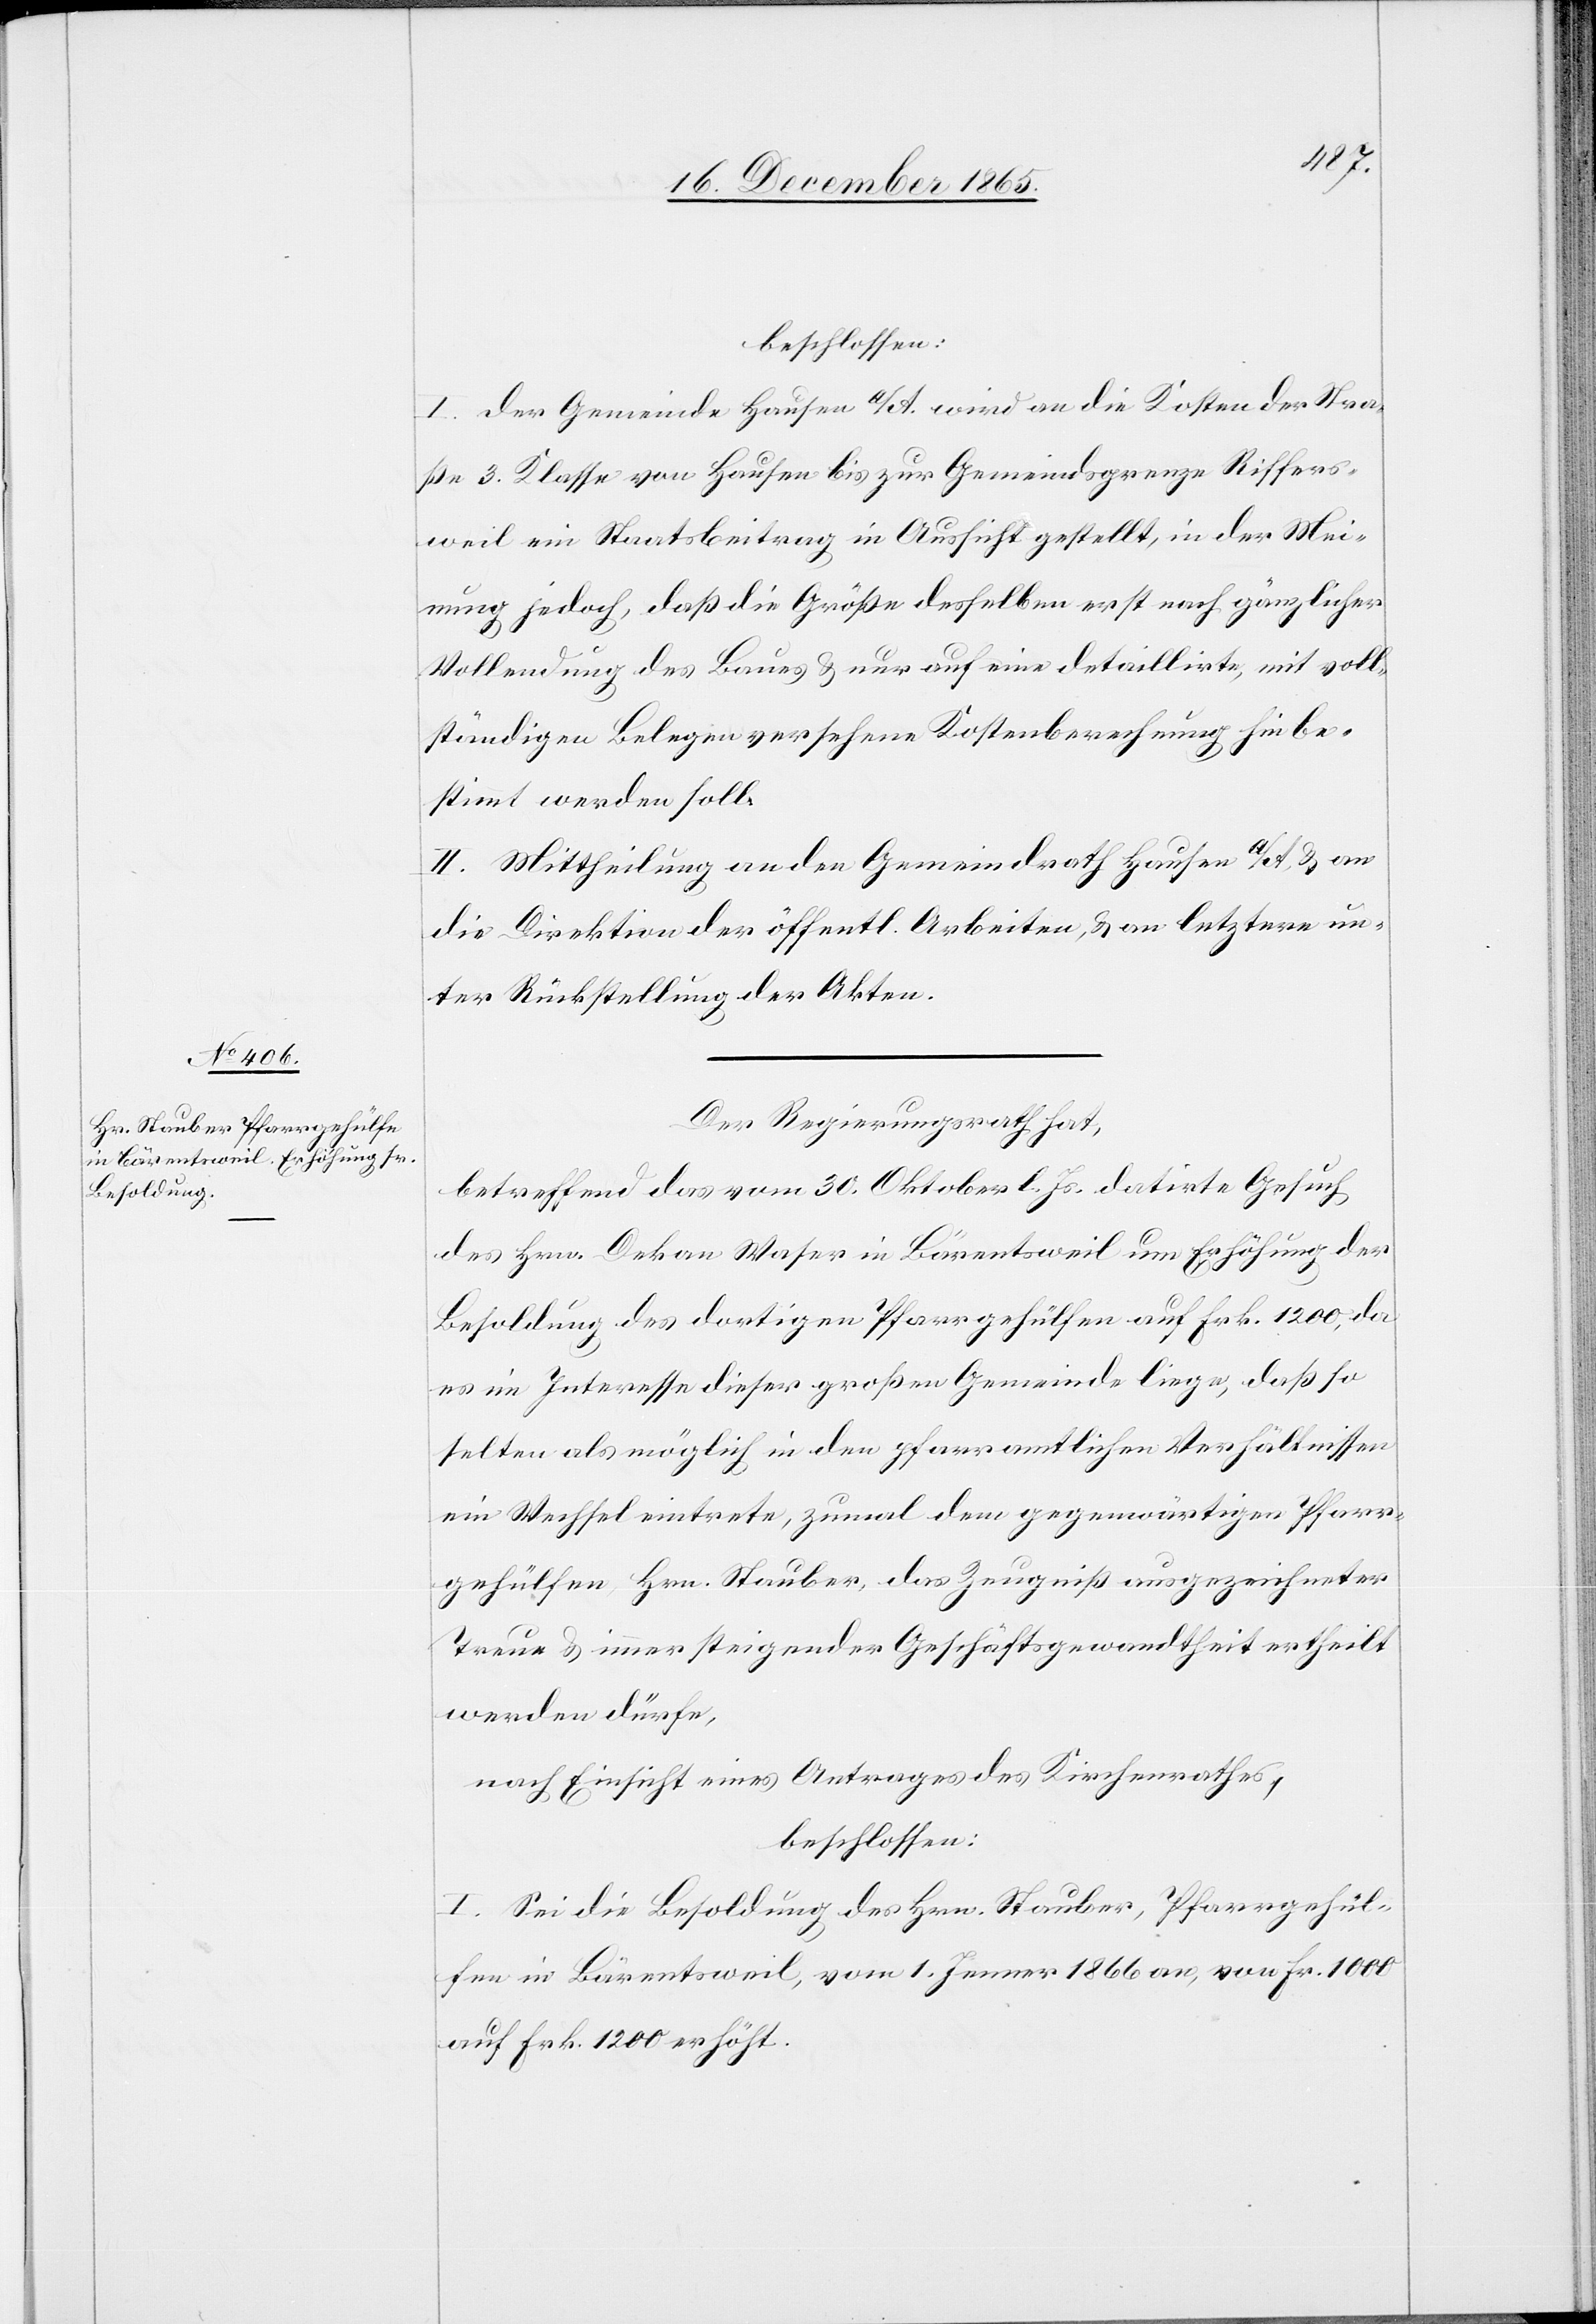
beschlossen:
I. Der Gemeinde Hausen a/A. wird an die Kosten der Stra¬
ße 3. Klasse von Hausen bis zur Gemeindsgrenze Riffers¬
weil ein Staatsbeitrag in Aussicht gestellt, in der Mei¬
nung jedoch, daß die Größe desselben erst nach gänzlicher
Vollendung des Baues & nur auf eine detaillierte, mit voll¬
ständigen Belegen versehene Kostenberechnung hin be¬
stimmt werden soll.
II. Mittheilung an den Gemeindrath Hausen a/A., an
die Direktion der öffentl. Arbeiten, & an letztere un¬
ter Rückstellung der Akten.
Der Regierungsrath hat,
betreffend das vom 30. Oktober l. Js. datirte Gesuch
des Hrn. Dekan Waser in Bärentsweil um Erhöhung der
Besoldung des dortigen Pfarrgehülfen auf Frk. 1200, da
es im Interesse dieser großen Gemeinde liege, daß so
selten als möglich in den pfarramtlichen Verhältnissen
ein Wechsel eintrete, zumal dem gegenwärtigen Pfarr¬
gehülfen, Hrn. Stauber, das Zeugniß ausgezeichneter
Treue & immer steigender Geschäftsgewandtheit ertheilt
werden dürfe,
nach Einsicht eines Antrages des Kirchenrathes,
beschlossen:
I. Sei die Besoldung des Hrn. Stauber, Pfarrgehül¬
fen in Bärentsweil, vom 1. Januar 1866 an, von Fr. 1000
auf Frk. 1200 erhöht.